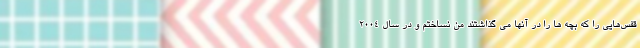
قفس‌هایی را که بچه ها را در آنها می گذاشتند من نساختم و در سال ۲۰۰۴